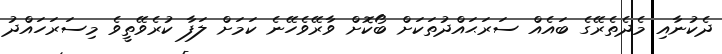
ދެކުނާއި މެދެތެރޭގެ ބައެއް ސަރަޙައްދުތަކަށް ބޯކޮށް ވާރޭވެހޭނެ ކަމަށް ލަފާ ކުރެވޭތީވެ މިސަރަހައްދު